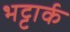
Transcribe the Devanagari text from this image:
भट्टार्क